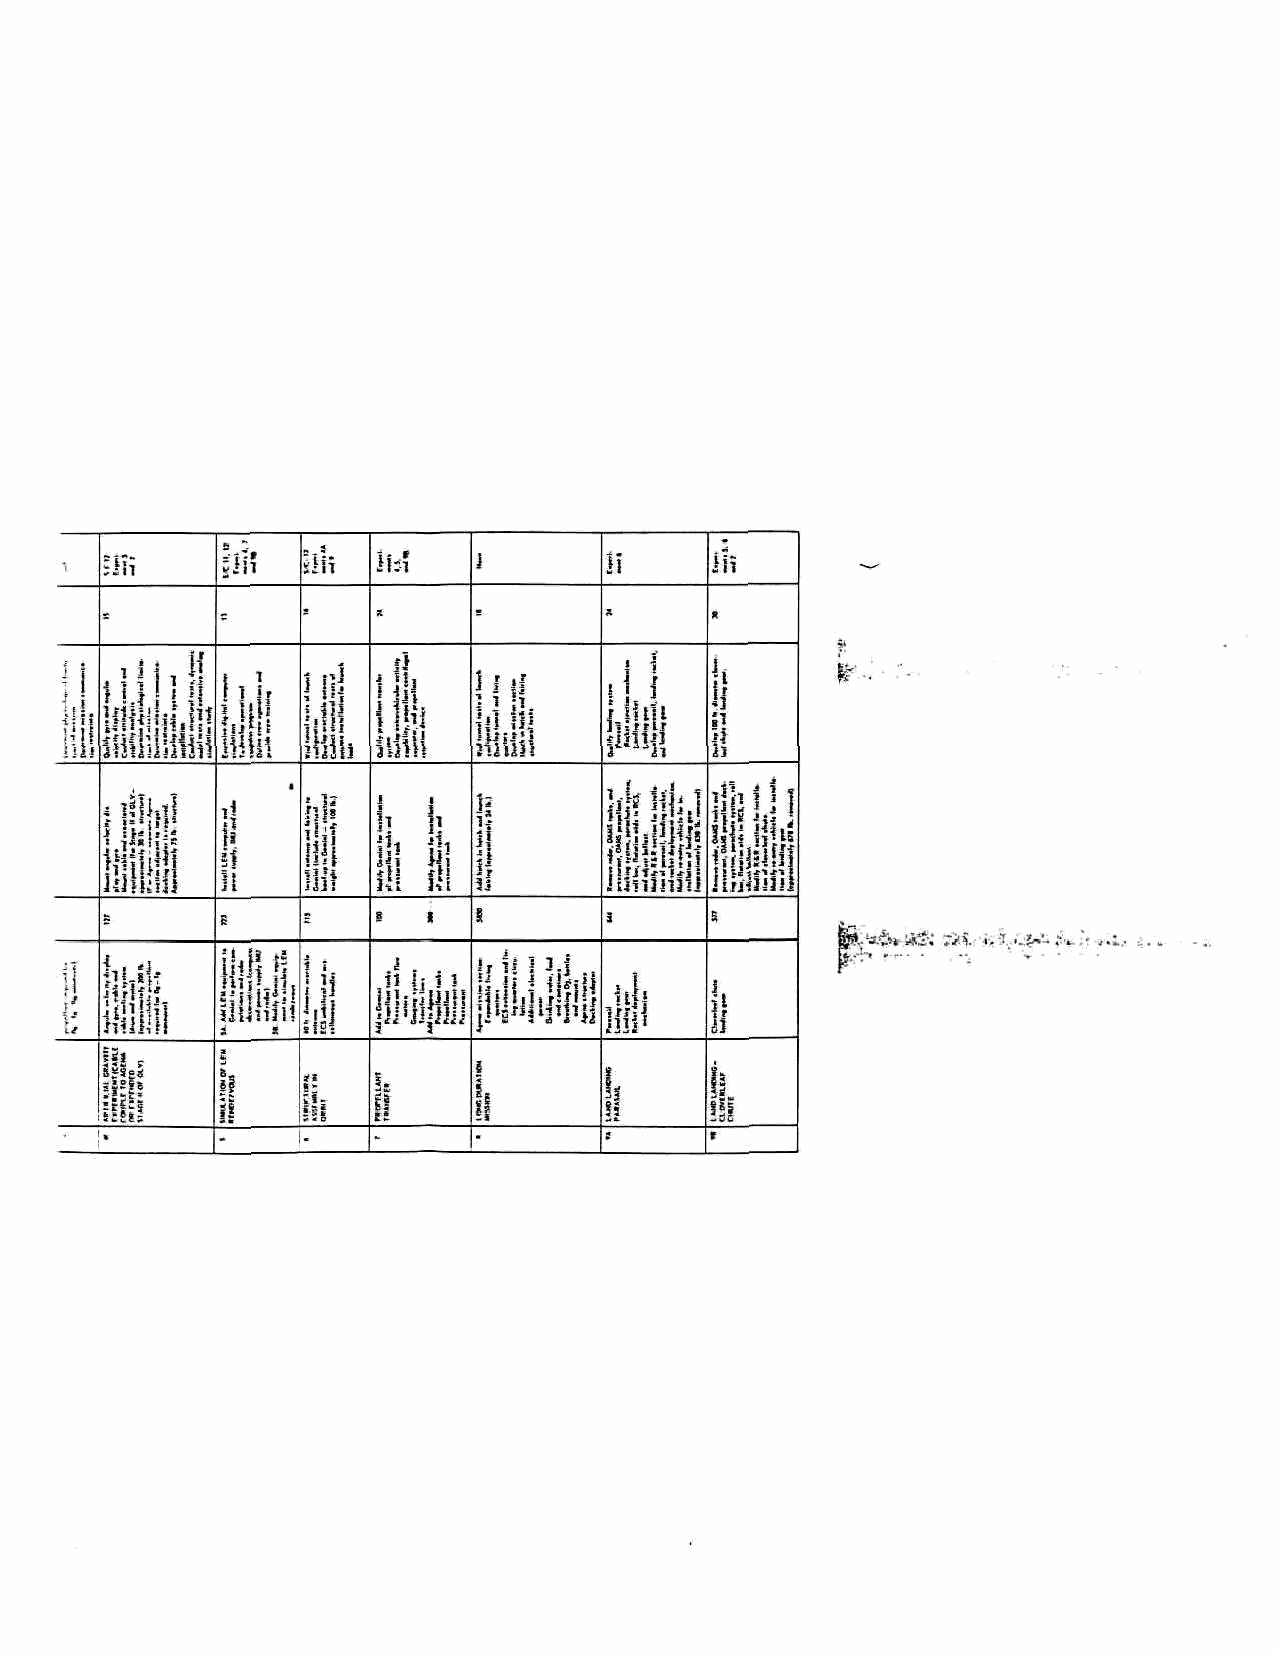
m       ill? n\\  lb?            II
 i
 Ill
 [ill
 L      hi
 Hi!
 1 i   til
 lill Sfa 1 i I
 II                               !(*
 i
 1   fttl
 ill!]!
 &  !              iiyiffi
 fosfc !*& gft , . - - ..
 i
 hi &      \K 1 i          i j 11
 liili• i?j
 {tiffIJ      !l                         ii
 HliiJII
 i-"B  a
 i« -
 5«5gS        iii                        Oi
 III                              ::
 lift!        •